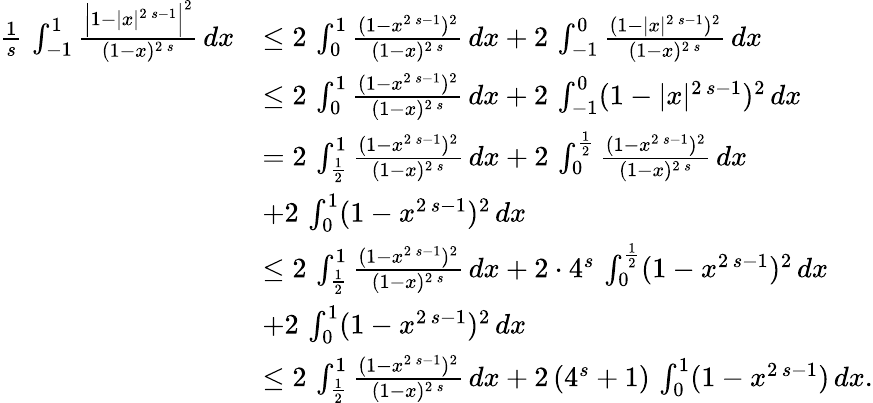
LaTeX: \begin{array}{rl}{\frac{1}{s}\, \int_{-1}^{1}\frac{\Big|1-|x|^{2\, s-1}\Big|^{2}}{(1-x)^{2\, s}}\, dx}&{\le 2\, \int_{0}^{1}\frac{(1-x^{2\, s-1})^{2}}{(1-x)^{2\, s}}\, dx+2\, \int_{-1}^{0}\frac{(1-|x|^{2\, s-1})^{2}}{(1-x)^{2\, s}}\, dx}\\ &{\le 2\, \int_{0}^{1}\frac{(1-x^{2\, s-1})^{2}}{(1-x)^{2\, s}}\, dx+2\, \int_{-1}^{0}(1-|x|^{2\, s-1})^{2}\, dx}\\ &{=2\, \int_{\frac{1}{2}}^{1}\frac{(1-x^{2\, s-1})^{2}}{(1-x)^{2\, s}}\, dx+2\, \int_{0}^{\frac{1}{2}}\frac{(1-x^{2\, s-1})^{2}}{(1-x)^{2\, s}}\, dx}\\ &{+2\, \int_{0}^{1}(1-x^{2\, s-1})^{2}\, dx}\\ &{\le 2\, \int_{\frac{1}{2}}^{1}\frac{(1-x^{2\, s-1})^{2}}{(1-x)^{2\, s}}\, dx+2\cdot 4^{s}\, \int_{0}^{\frac{1}{2}}(1-x^{2\, s-1})^{2}\, dx}\\ &{+2\, \int_{0}^{1}(1-x^{2\, s-1})^{2}\, dx}\\ &{\le 2\, \int_{\frac{1}{2}}^{1}\frac{(1-x^{2\, s-1})^{2}}{(1-x)^{2\, s}}\, dx+2\, (4^{s}+1)\, \int_{0}^{1}(1-x^{2\, s-1})\, dx.}\end{array}